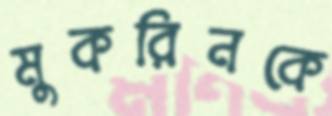
মুকরিনকে